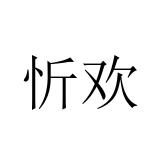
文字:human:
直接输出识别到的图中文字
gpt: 忻欢